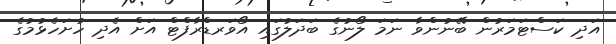
އަދި ކަސްޓަމަރުން ބޭނުންވާ ނަމަ ލޯނުގެ ބަދަލުގައި އޯވަރޑްރާފްޓް އަށް އެދި ހުށަހެޅުމުގެ